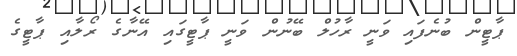
ޕާޓީން ބުނެފައި ވަނީ ރާހުލް ބޭނުން ވަނީ ޕާޓީގައި އޭނާގެ ރޯލާއި ޕާޓީގެ